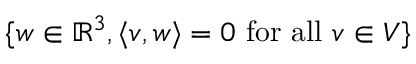
\{ w \in \mathbb { R } ^ { 3 } , \langle v , w \rangle = 0 { \mathrm { ~ f o r ~ a l l ~ } } v \in V \}